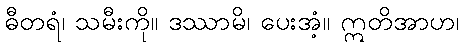
ဓီတရံ၊ သမီးကို။ ဒဿာမိ၊ ပေးအံ့။ ဣတိအာဟ၊